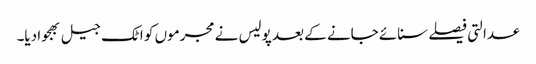
عدالتی فیصلے سنائے جانے کے بعد پولیس نے مجرموں کو اٹک جیل بھجوا دیا۔